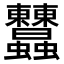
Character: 𧖤